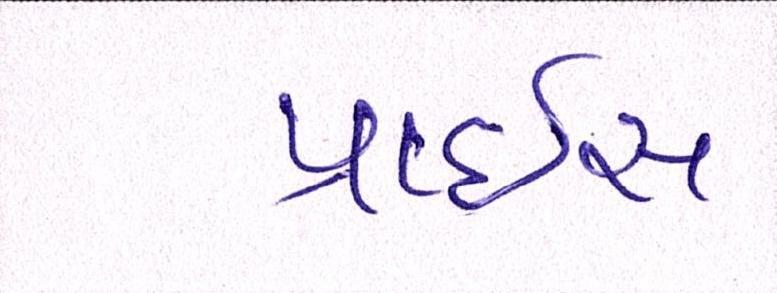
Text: પ્રાઇસ